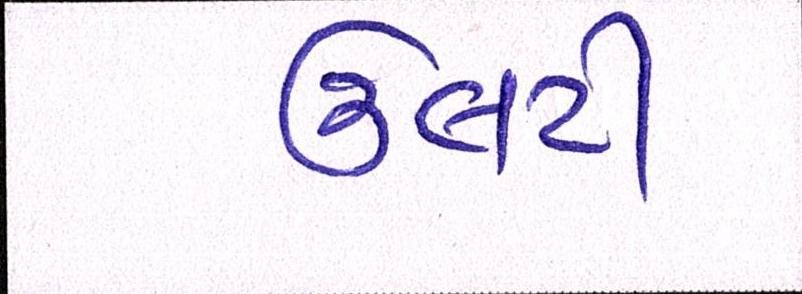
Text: ઉલટી